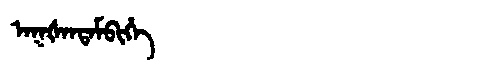
Manchu: ᠠᡴᡧᠠᠨᡨᠠᠮᠪᡳᡥᡝ
Romanization: AKŠANTAMBIHE